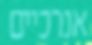
אנרכיים